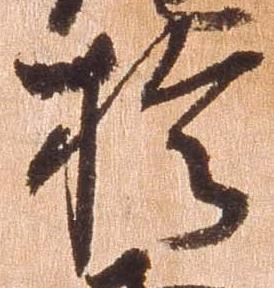
於